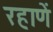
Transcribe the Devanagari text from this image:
रहाणें